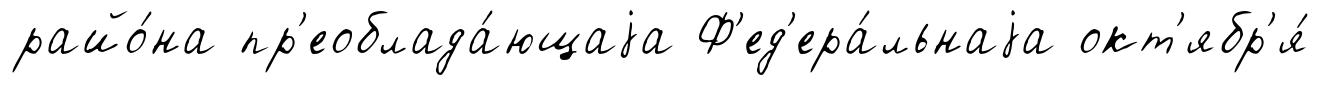
райо́на пр'еоблада́ющаjа Ф'ед'ера́льнаjа окт'ябр'я́